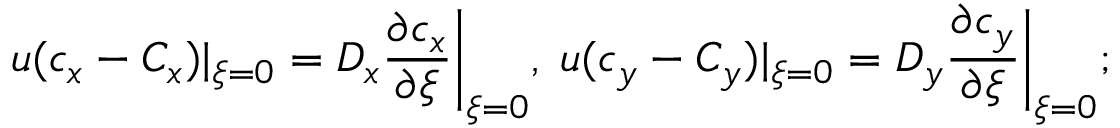
u ( c _ { x } - C _ { x } ) | _ { \xi = 0 } = D _ { x } \frac { \partial c _ { x } } { \partial \xi } \bigg | _ { \xi = 0 } , \; u ( c _ { y } - C _ { y } ) | _ { \xi = 0 } = D _ { y } \frac { \partial c _ { y } } { \partial \xi } \bigg | _ { \xi = 0 } ;